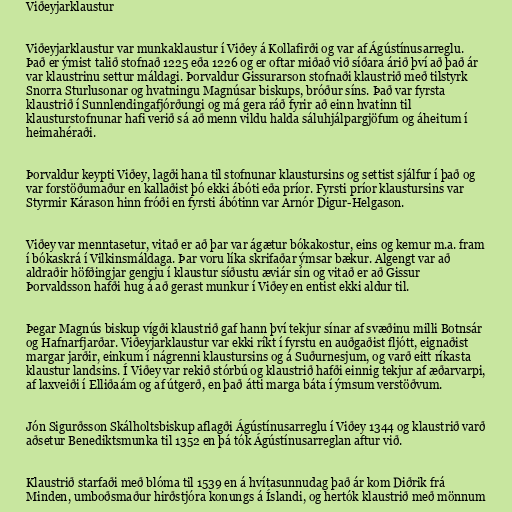
Viðeyjarklaustur

Viðeyjarklaustur var munkaklaustur í Viðey á Kollafirði og var af Ágústínusarreglu.
Það er ýmist talið stofnað 1225 eða 1226 og er oftar miðað við síðara árið því að það ár
var klaustrinu settur máldagi. Þorvaldur Gissurarson stofnaði klaustrið með tilstyrk
Snorra Sturlusonar og hvatningu Magnúsar biskups, bróður síns. Það var fyrsta
klaustrið í Sunnlendingafjórðungi og má gera ráð fyrir að einn hvatinn til
klausturstofnunar hafi verið sá að menn vildu halda sáluhjálpargjöfum og áheitum í
heimahéraði.

Þorvaldur keypti Viðey, lagði hana til stofnunar klaustursins og settist sjálfur í það og
var forstöðumaður en kallaðist þó ekki ábóti eða príor. Fyrsti príor klaustursins var
Styrmir Kárason hinn fróði en fyrsti ábótinn var Arnór Digur-Helgason.

Viðey var menntasetur, vitað er að þar var ágætur bókakostur, eins og kemur m.a. fram
í bókaskrá í Vilkinsmáldaga. Þar voru líka skrifaðar ýmsar bækur. Algengt var að
aldraðir höfðingjar gengju í klaustur síðustu æviár sín og vitað er að Gissur
Þorvaldsson hafði hug á að gerast munkur í Viðey en entist ekki aldur til.

Þegar Magnús biskup vígði klaustrið gaf hann því tekjur sínar af svæðinu milli Botnsár
og Hafnarfjarðar. Viðeyjarklaustur var ekki ríkt í fyrstu en auðgaðist fljótt, eignaðist
margar jarðir, einkum í nágrenni klaustursins og á Suðurnesjum, og varð eitt ríkasta
klaustur landsins. Í Viðey var rekið stórbú og klaustrið hafði einnig tekjur af æðarvarpi,
af laxveiði í Elliðaám og af útgerð, en það átti marga báta í ýmsum verstöðvum.

Jón Sigurðsson Skálholtsbiskup aflagði Ágústínusarreglu í Viðey 1344 og klaustrið varð
aðsetur Benediktsmunka til 1352 en þá tók Ágústínusarreglan aftur við.

Klaustrið starfaði með blóma til 1539 en á hvítasunnudag það ár kom Diðrik frá
Minden, umboðsmaður hirðstjóra konungs á Íslandi, og hertók klaustrið með mönnum